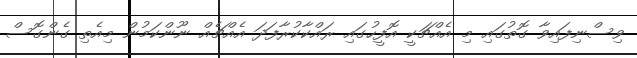
ވިސްނިފައިވާ ގޮތުގައި މި އެއްޗަކީ އޮފީހުގައި ރައްކާކުރާފަދަ އެއްޗެއް ނޫންކަމުން މިއެތި ގެންގޮސް